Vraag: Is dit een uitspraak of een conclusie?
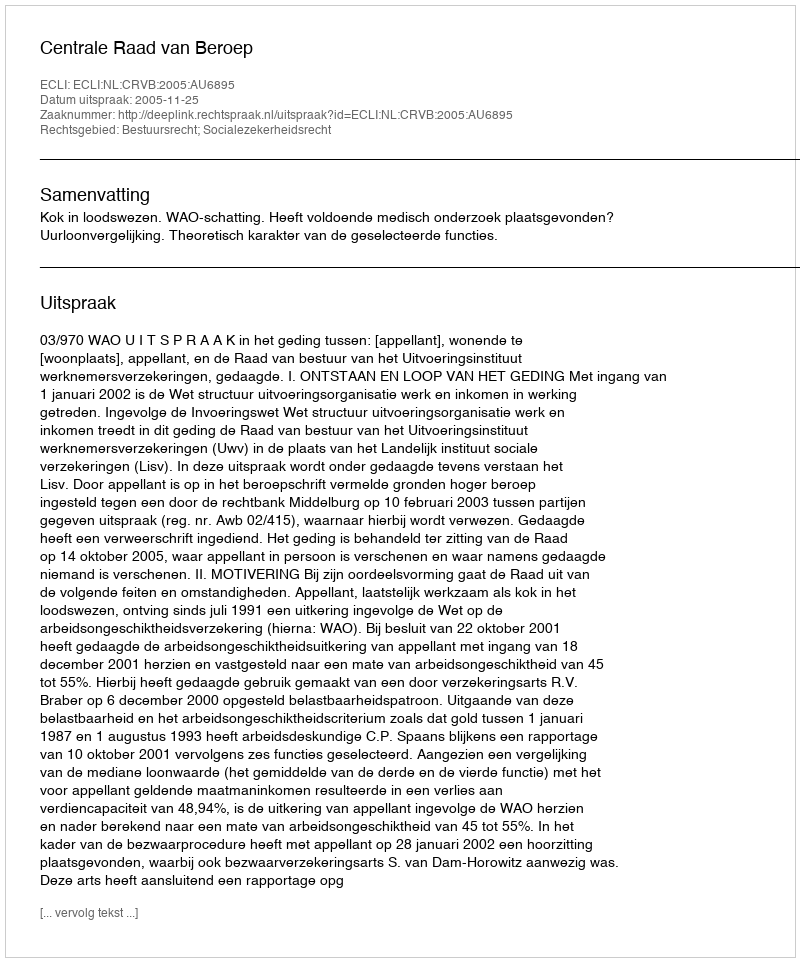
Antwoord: Uitspraak